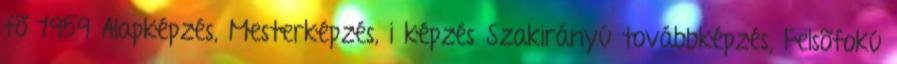
fõ 1959 Alapképzés, Mesterképzés, i képzés Szakirányú továbbképzés, Felsõfokú